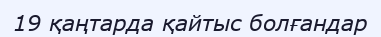
19 қаңтарда қайтыс болғандар